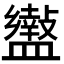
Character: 𥃍